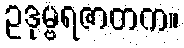
ဥဒုမ္ဗရဇာတက။